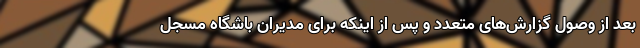
بعد از وصول گزارش‌های متعدد و پس از اینکه برای مدیران باشگاه مسجل